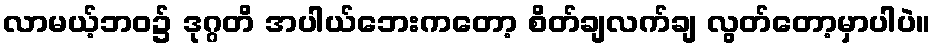
လာမယ့်ဘဝ၌ ဒုဂ္ဂတိ အပါယ်ဘေးကတော့ စိတ်ချလက်ချ လွတ်တော့မှာပါပဲ။